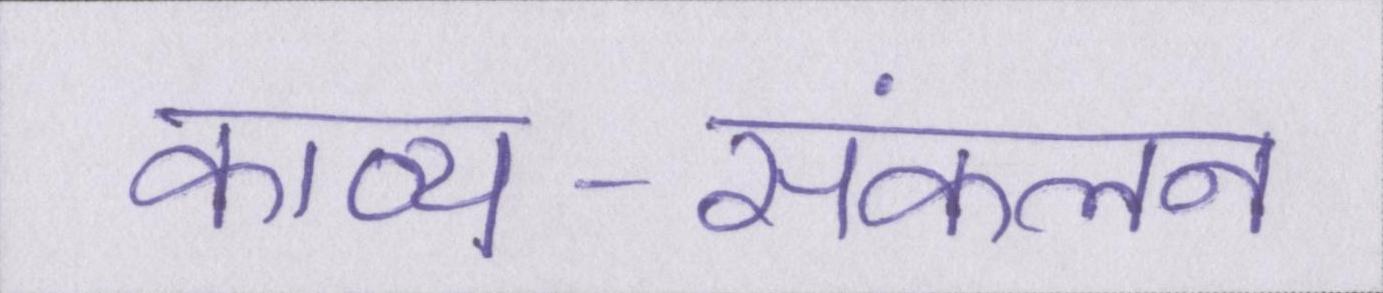
काव्य-संकलन